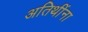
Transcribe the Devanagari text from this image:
अतिथींना